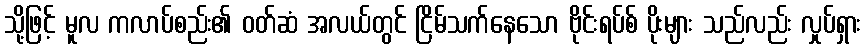
သို့ဖြင့် မူလ ကလာပ်စည်း၏ ဝတ်ဆံ အလယ်တွင် ငြိမ်သက်နေသော ဗိုင်းရပ်စ် ပိုးများ သည်လည်း လှုပ်ရှား